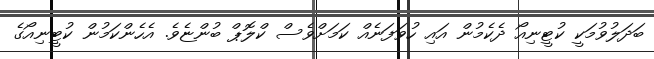
ބަދަލުވުމަކީ ކުޓީނިއޯ ދެކެމުން އައި ހުވަފަނެއް ކަމަށްވެސް ކްލޮޕް ބުންޏެވެ. އެހެންކަމުން ކުޓީނިއޯގެ